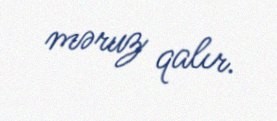
məruz qalır.